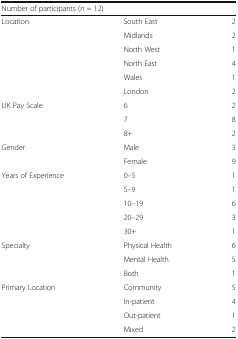
<table><thead><tr><td colspan="3"><b>Number of participants (<i>n</i> = 12)</b></td></tr></thead><tbody><tr><td rowspan="6">Location</td><td>South East</td><td>2</td></tr><tr><td>Midlands</td><td>2</td></tr><tr><td>North West</td><td>1</td></tr><tr><td>North East</td><td>4</td></tr><tr><td>Wales</td><td>1</td></tr><tr><td>London</td><td>2</td></tr><tr><td rowspan="3">UK Pay Scale</td><td>6</td><td>2</td></tr><tr><td>7</td><td>8</td></tr><tr><td>8+</td><td>2</td></tr><tr><td rowspan="2">Gender</td><td>Male</td><td>3</td></tr><tr><td>Female</td><td>9</td></tr><tr><td rowspan="5">Years of Experience</td><td>0–5</td><td>1</td></tr><tr><td>5–9</td><td>1</td></tr><tr><td>10–19</td><td>6</td></tr><tr><td>20–29</td><td>3</td></tr><tr><td>30+</td><td>1</td></tr><tr><td rowspan="3">Specialty</td><td>Physical Health</td><td>6</td></tr><tr><td>Mental Health</td><td>5</td></tr><tr><td>Both</td><td>1</td></tr><tr><td rowspan="4">Primary Location</td><td>Community</td><td>5</td></tr><tr><td>In-patient</td><td>4</td></tr><tr><td>Out-patient</td><td>1</td></tr><tr><td>Mixed</td><td>2</td></tr></tbody></table>